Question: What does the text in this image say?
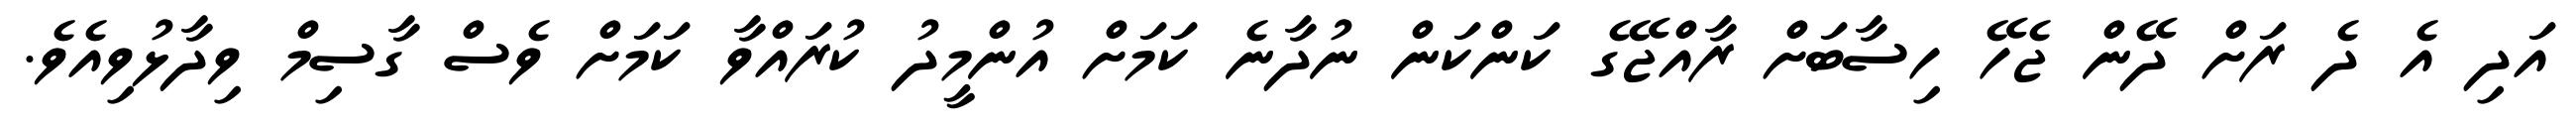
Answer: އަދި އެ ދެ ރަށް ދޭން ޖެހޭ ހިސާބަށް ރާއްޖޭގެ ކަންކަން ނުދާނެ ކަމަށް އުންމީދު ކުރައްވާ ކަމަށް ވެސް ގާސިމް ވިދާޅުވިއެވެ.